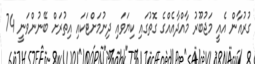
ގުރުއާން އެއީ މަޖުބޫރު މާއްދާއެއްގެ ގޮތުގައި ކިޔަވައި ދިނުމަށްޓަކައި އިތުރަށް ބޭނުންވަނީ 74